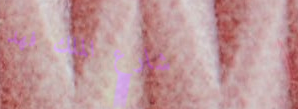
شارع الملك فهد